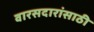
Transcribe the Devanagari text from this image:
वारसदारांसाठी